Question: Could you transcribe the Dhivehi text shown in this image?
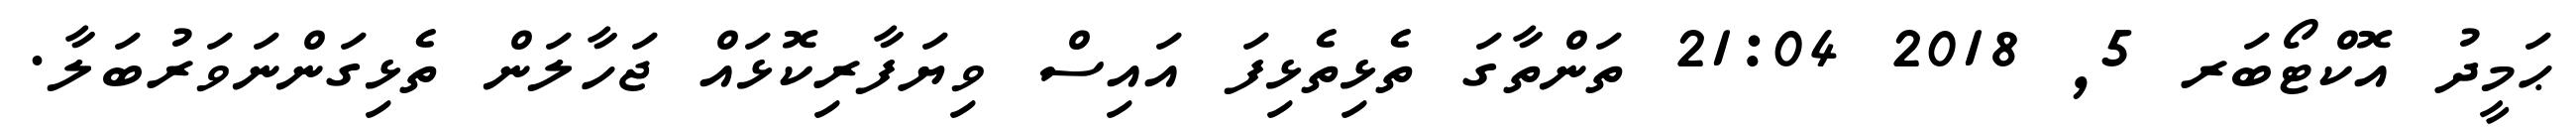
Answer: ޙަމީދު އޮކްޓޯބަރ 5, 2018 21:04 ތަންތާގަ ތެޅިތެޅިފަ އައިސް ވިޔަފާރިކޮޅައް ޖަހާލަން ތެޅިގަންނަވަރުބަލާ.